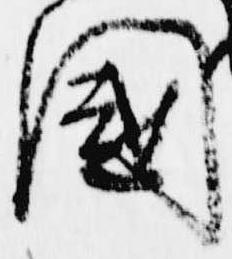
国